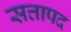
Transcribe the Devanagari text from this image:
सत्तापद